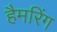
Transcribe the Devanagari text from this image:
हैमरिंग